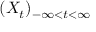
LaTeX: ( X _ { t } ) _ { - \infty < t < \infty }